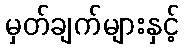
မှတ်ချက်များနှင့်